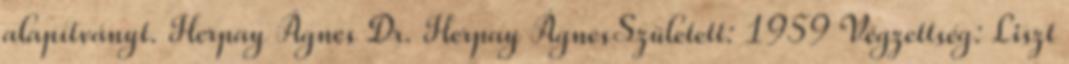
alapítványt. Herpay Ágnes Dr. Herpay ÁgnesSzületett: 1959 Végzettség: Liszt